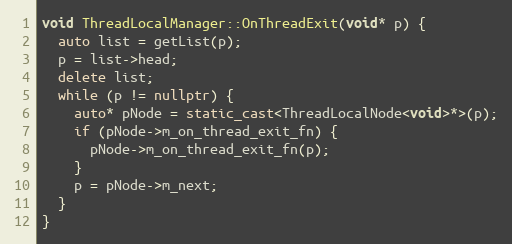
Language: C++
void ThreadLocalManager::OnThreadExit(void* p) {
  auto list = getList(p);
  p = list->head;
  delete list;
  while (p != nullptr) {
    auto* pNode = static_cast<ThreadLocalNode<void>*>(p);
    if (pNode->m_on_thread_exit_fn) {
      pNode->m_on_thread_exit_fn(p);
    }
    p = pNode->m_next;
  }
}